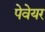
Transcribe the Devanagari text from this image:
पेवेयर